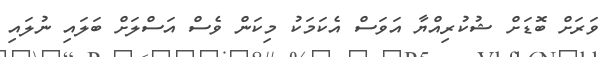
ވަރަށް ބޮޑަށް ޝުކުރިއްޔާ އަވަސް އެކަމަކު މިކަން ވެސް އަސްލަށް ބަލައި ނުލައި